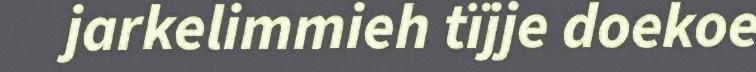
jarkelimmieh tïjje doekoe